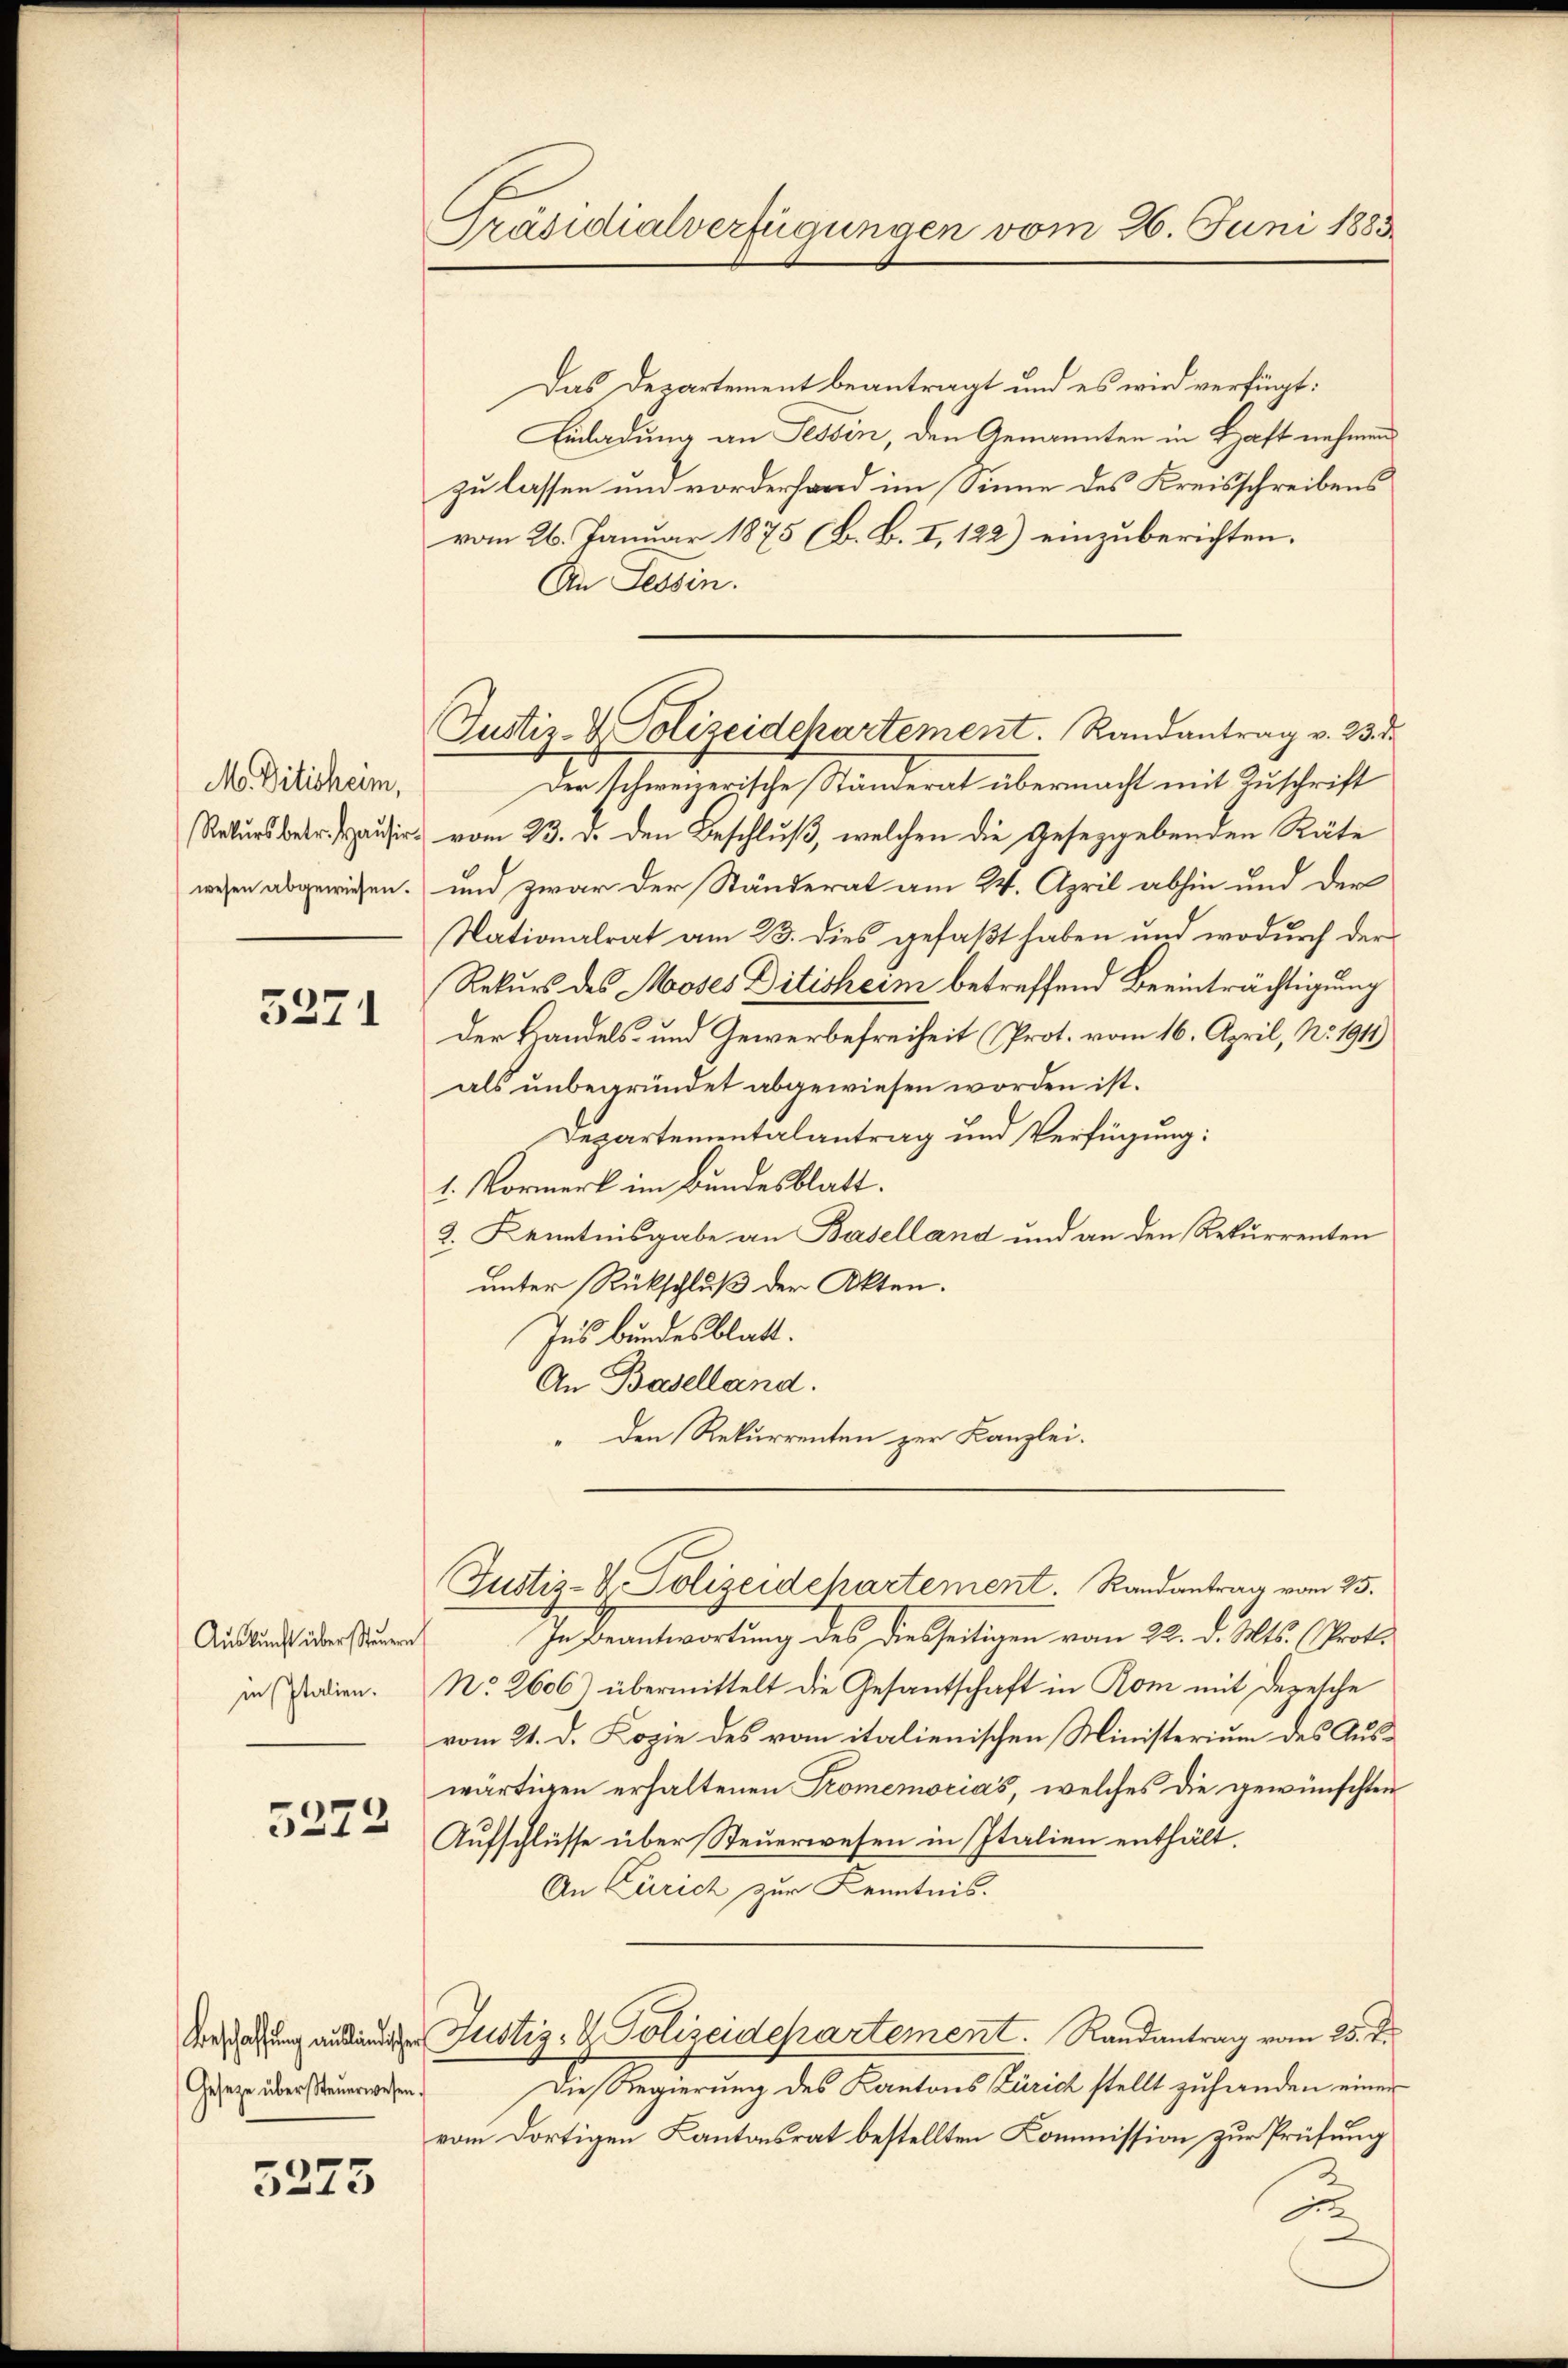
M. Vitisheim,
Rekursbetr. Hausir-
wesen abgewiesen.

3271

Auskunft über Steuern
in Italien.

5272

Gesetze über Steuerwesen.

3275

Präsidialverfügungen vom 26. Juni 1883.

Justiz- & Polizeidepartement. Randantrag v. 23. d.

Das Departement beantragt und es wird verfügt:
Einladung an Tessin, den Genannten in Haft nehmen
zu lassen und vorderfand im Sinne des Kreisschreibens
vom 26. Januar 1875 (B. B. I, 122) einzuberichten.
An Tessin.
Der schweizerische Ständerat übermacht mit Zuschrift
 vom 23. d. den Beschluß, welchen die Gesetzgebenden Räte
und zwar der Ständerat am 24. April abhin und der
Nationalrat am 23. dies gefaßt haben und wodurch der
Rekurs des Moses Ditisheim betreffend Beeinträchtigung
Der Handels- und Gewerbefreiheit (Prot. vom 16. April, N. 1911)
als unbegründet abgewiesen worden ist.
Departementalantrag und Verfügung:
1. Vormerk im Bundesblatt.
2. Kenntnisgabe an Baselland und an den Rekurrenten
unter Rückschluß der Akten.
Ins Bundesblatt.
An Baselland.
den Rekurrenten zur Kanzlei.
Justiz- & Polizeidepartement. Randantrag vom 25.
In Beantwortung des diesseitigen vom 22. d. Mts. (Prot.
No. 2606) übermittelt die Gesantschaft in Rom mit Depesche
vom 21. d. Kopie des vom italienischen Ministerium des Auswärtigen erhaltenen Promemorias, welches die gewünschten
Aufschlüsse über Steuerwesen in Italien enthält.
An Zürich zur Kenntnis.
Vahung anden Justiz- & Polizeidepartement. Randantrag vom 25. d.
Die Regierung des Kantons Zürich stellt zuhanden einer
vom dortigen Kantonsrat bestellten Kommission zur Prüfung